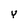
Character: Y